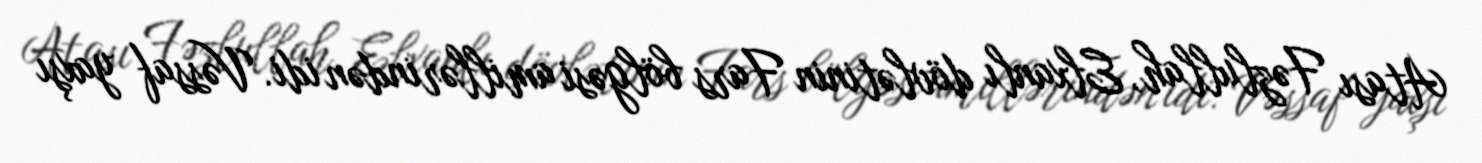
Atası Fəzlullah, Elxanlı dövlətinin Fars bölgəsi amillərindən idi. Vəssaf yaxşı